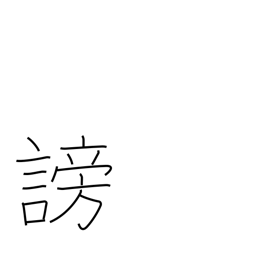
Meaning: disparage